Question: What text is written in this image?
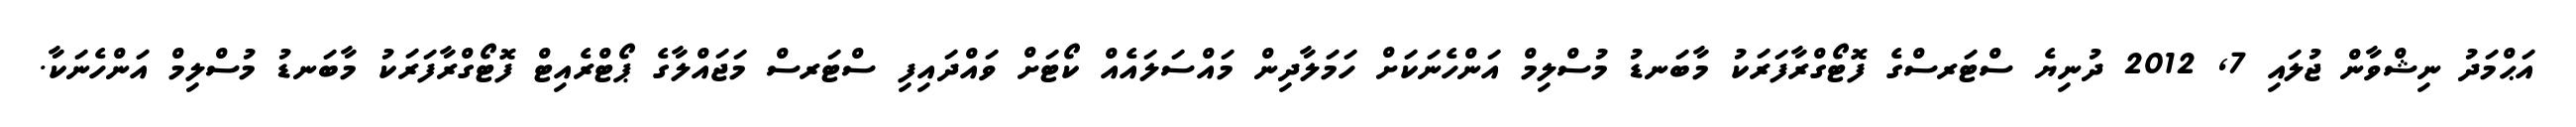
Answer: އަޙްމަދު ނިޝްވާން ޖުލައި 7, 2012 ދުނިޔެ ސްޓަރސްގެ ފޮޓޯގްރާފަރަކު މާބަނޑު މުސްލިމް އަންހެނަކަށް ހަމަލާދިން މައްސަލައެއް ކޯޓަށް ވައްދައިފި ސްޓަރސް މަޖައްލާގެ ޕޯޓްރެއިޓް ފޮޓޯގްރާފަރަކު މާބަނޑު މުސްލިމް އަންހެނަކާ.